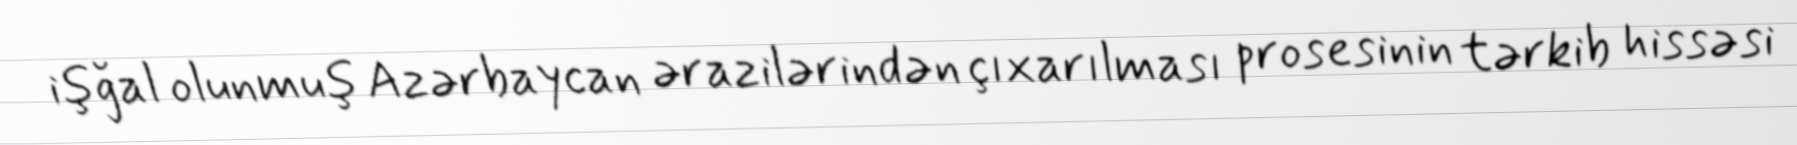
işğal olunmuş Azərbaycan ərazilərindən çıxarılması prosesinin tərkib hissəsi